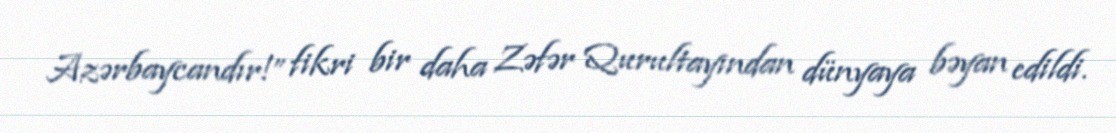
Azərbaycandır!” fikri bir daha Zəfər Qurultayından dünyaya bəyan edildi.